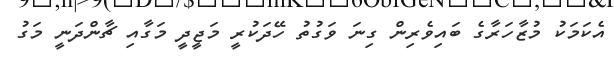
އެކަމަކު މުޒާހަރާގެ ބައިވެރިން ގިނަ ވަގުތު ހޭދަކުރީ މަޖީދީ މަގާއި ޗާންދަނީ މަގު